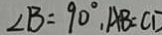
\angle B = 9 0 ^ { \circ } , A B = C D